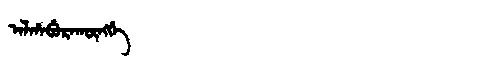
Manchu: ᠠᠯᡥᠠᠪᡠᡵᠠᡴᡡᠩᡤᡝ
Romanization: ALHABURAKŪNGGE